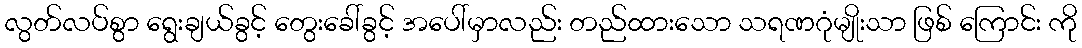
လွတ်လပ်စွာ ရွေးချယ်ခွင့် တွေးခေါ်ခွင့် အပေါ်မှာလည်း တည်ထားသော သရဏဂုံမျိုးသာ ဖြစ် ကြောင်း ကို